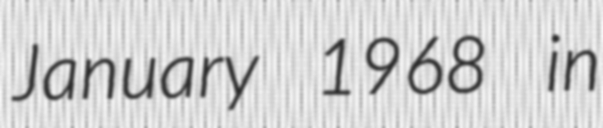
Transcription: January 1968 in